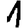
Digit: 1